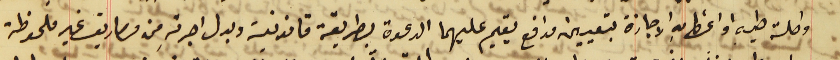
واصلة طيه او اعطـأهِ الاجازة بتعيين مدافع يقيم عليهما الدعوة بطريقة قانونية وبدل اجرتهِ من مصاريف غير ملحوظة